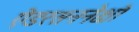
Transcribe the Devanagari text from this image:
ऐंडरसननेक्षो